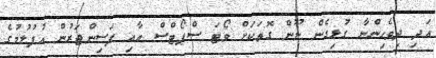
އަދި ދިވެހިންނާ ގުޅިގެން ނޫން ގޮތަކަށް ވޯޓަ ސްޕޯޓްސް އާއި ފަސިންޖަރުން އުފުލުމުގެ